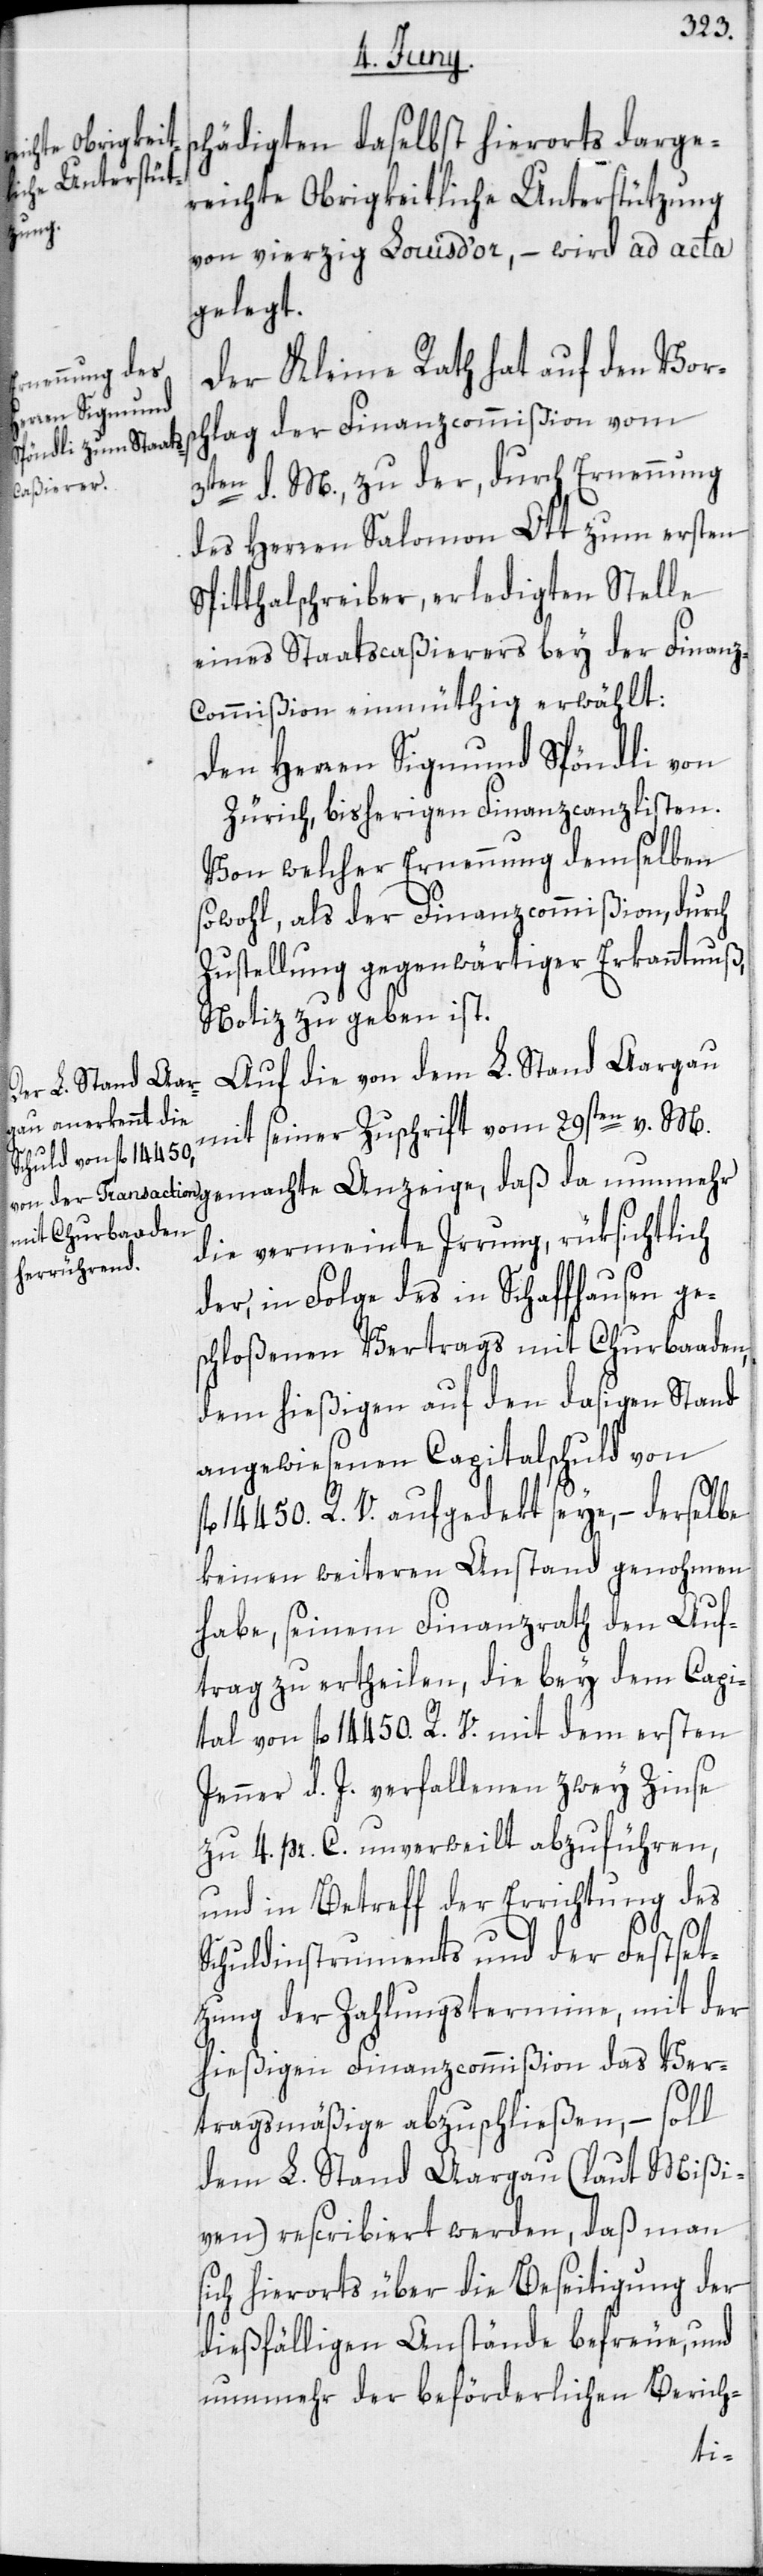
schädigten daselbst hierorts darge¬
reichte Obrigkeitliche Unterstützung
von vierzig Louis d’or, – wird ad acta
gelegt.
Der Kleine Rath hat auf den Vors¬
chlag der Finanzcommißion vom
3ten d. M., zu der, durch Ernennung
des Herren Salomon Ott zum ersten
Spitthalschreiber, erledigten Stelle
eines Staatscaßierers bey der Finanz¬
commißion einmüthig erwählt:
Den Herren Sigmund Spöndli von
Zürich, bisherigen Finanzcanzlisten.
Von welcher Ernennung demselben
sowohl, als der Finanzcommißion, durch
Zustellung gegenwärtiger Erkanntnuß
Notiz zu geben ist.
Auf die von dem L. Stand Aargau
mit seiner Zuschrift vom 29sten v. M.
die vermeinte Irrung, rüksichtlich
der, in Folge des in Schaffhausen ge¬
schloßenen Vertrags mit Churbaaden,
dem hießigen auf den dasigen Stand
angewiesenen Capitalschuld von
fl. 14 450 R. V. aufgedekt seye, – derselbe
keinen weiteren Anstand genohmen
habe, seinem Finanzrath den Auf¬
trag zu ertheilen, die bey dem Capi¬
tal von fl. 14 450 R. V. mit dem ersten
Jenner d. J. verfallenen zwey Zinse
zu 4 pr. C. unverweilt abzuführen,
und in Betreff der Errichtung des
Schuldinstruments und der Festset¬
zung der Zahlungstermine, mit der
hießigen Finanzcommißion das Ver¬
tragsmäßige abzuschließen, – soll
dem L. Stand Aargau (laut Mißi¬
ven) rescribiert werden, daß man
sich hierorts über die Beseitigung der
dießfälligen Anstände befreue, und
nunmehr der beförderlichen Berich-